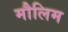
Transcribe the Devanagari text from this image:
मौलिम